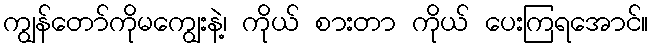
ကျွန်တော်ကိုမကျွေးနဲ့၊ ကိုယ် စားတာ ကိုယ် ပေးကြရအောင်။